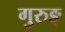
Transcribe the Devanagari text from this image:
गुरुङ्